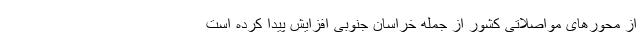
از محورهای مواصلاتی کشور از جمله خراسان جنوبی افزایش پیدا کرده است